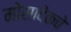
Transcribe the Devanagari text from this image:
मोसादेकचे